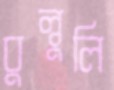
বুল্বুলি